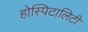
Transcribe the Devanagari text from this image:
होस्पिटालिटी